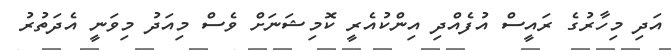
އަދި މިހާރުގެ ރައީސް އުފެއްދި އިންކުއެރީ ކޮމިޝަނަށް ވެސް މިއަދު މިވަނީ އެދަތުރު